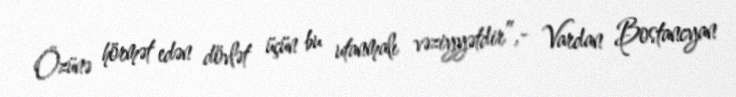
Özünə hörmət edən dövlət üçün bu utanmalı vəziyyətdir”,- Vardan Bostancyan